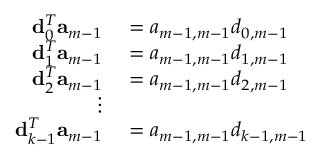
\begin{array} { r l } { { \bf d } _ { 0 } ^ { T } { \bf a } _ { m - 1 } } & { { } = a _ { m - 1 , m - 1 } d _ { 0 , m - 1 } } \\ { { \bf d } _ { 1 } ^ { T } { \bf a } _ { m - 1 } } & { { } = a _ { m - 1 , m - 1 } d _ { 1 , m - 1 } } \\ { { \bf d } _ { 2 } ^ { T } { \bf a } _ { m - 1 } } & { { } = a _ { m - 1 , m - 1 } d _ { 2 , m - 1 } } \\ { \vdots } \\ { { \bf d } _ { k - 1 } ^ { T } { \bf a } _ { m - 1 } } & { { } = a _ { m - 1 , m - 1 } d _ { k - 1 , m - 1 } } \end{array}